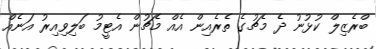
ބްރެޒިލް ކުޅުނު ދެ މެޗުގެ ތެރެއިން އެއް މެޗުން އެޓީމު ބަލިވިއިރު އަނެއް